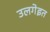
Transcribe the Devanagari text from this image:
उलगेइत